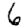
Digit: 6